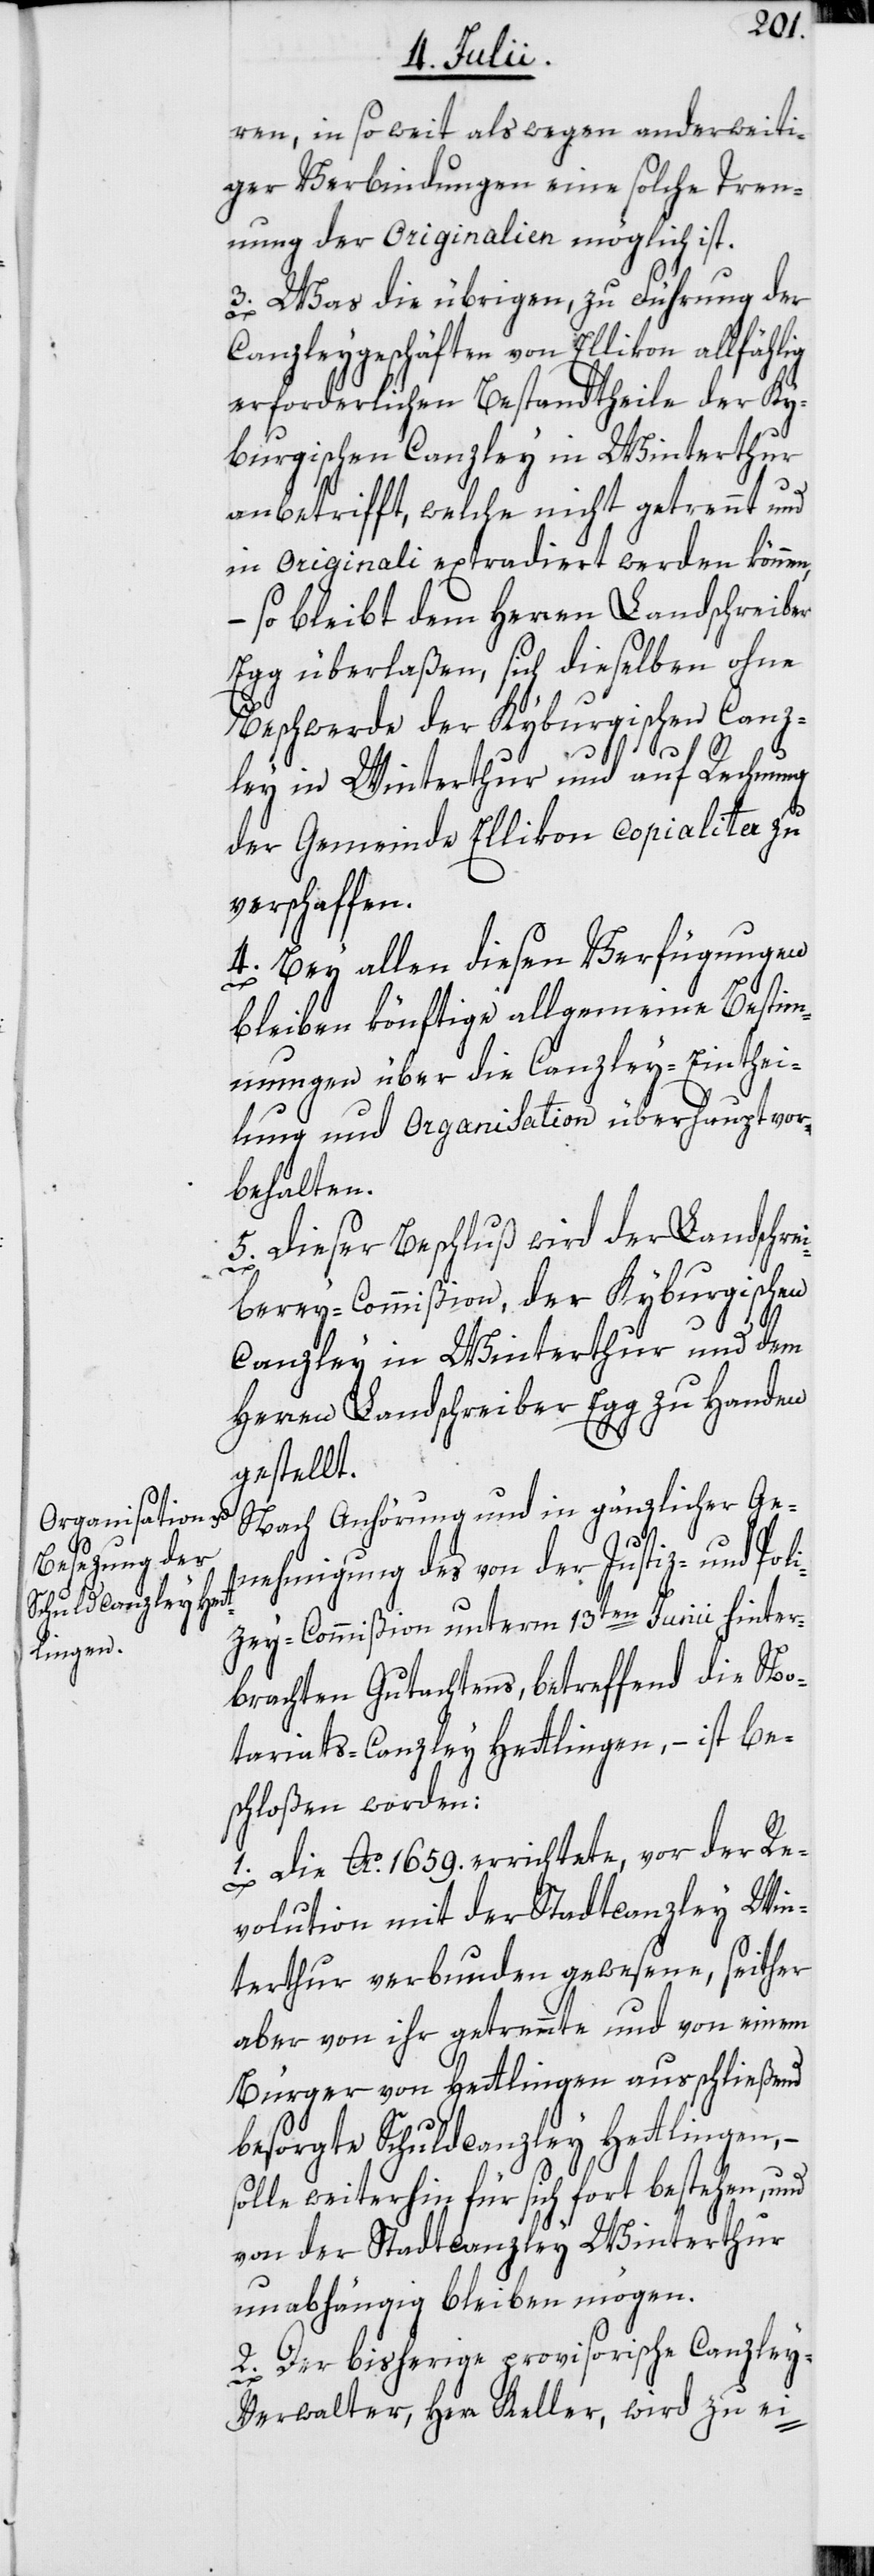
ren, in so weit als wegen anderweiti¬
ger Verbindungen eine solche Tren¬
nung der Originalien möglich ist.
3. Was die übrigen, zu Führung der
Canzleygeschäften von Ellikon allfählig
erforderlichen Bestandtheile der Ky¬
burgischen Canzley in Winterthur
anbetrifft, welche nicht getrennt und
in originali extradiert werden können,
– so bleibt dem Herren Landschreiber
Egg überlaßen, sich dieselben ohne
Beschwerde der Kyburgischen Canz¬
ley in Winterthur und auf Rechnung
der Gemeinde Ellikon copialiter zu
verschaffen.
4. Bey allen diesen Verfügungen
bleiben könftige allgemeine Bestim¬
mungen über die Canzley-Einthei¬
lung und Organisation überhaupt vor¬
behalten.
Dieser Beschluß wird der Landschrei¬
5.
berey-Commißion, der Kyburgischen
Canzley in Winterthur und dem
Herren Landschreiber Egg zu Handen
gestellt.
Nach Anhörung und in gänzlicher Ge¬
nehmigung des von der Justiz- und Poli¬
zey-Commißion unterm 13ten Junii hinter¬
brachten Gutachtens, betreffend die No¬
tariats-Canzley Hettlingen, – ist be¬
schloßen worden:
1. Die Ao. 1659. errichtete, vor der Re¬
volution mit der Stadtcanzley Win¬
terthur verbunden gewesene, seither
aber von ihr getrennte und von einem
Bürger von Hettlingen ausschließend
besorgte Schuldcanzley Hettlingen, –
solle weiterhin für sich fort bestehen, und
von der Stadtcanzley Winterthur
unabhängig bleiben mögen.
2. Der bisherige provisorische Canzle¬
y-Verwalter, Herr Keller, wird zu ei-